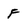
Character: F